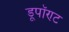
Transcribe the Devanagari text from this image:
डूपॉण्ट